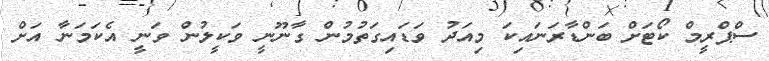
ސްޕްރީމް ކޯޓަށް ބަންޑާރަނައިކަ މިއަދު ވަޑައިގަތުމުން ގާނޫނީ ވަކީލުން ވަނީ އެކަމަނާ އަށް